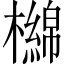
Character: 檰